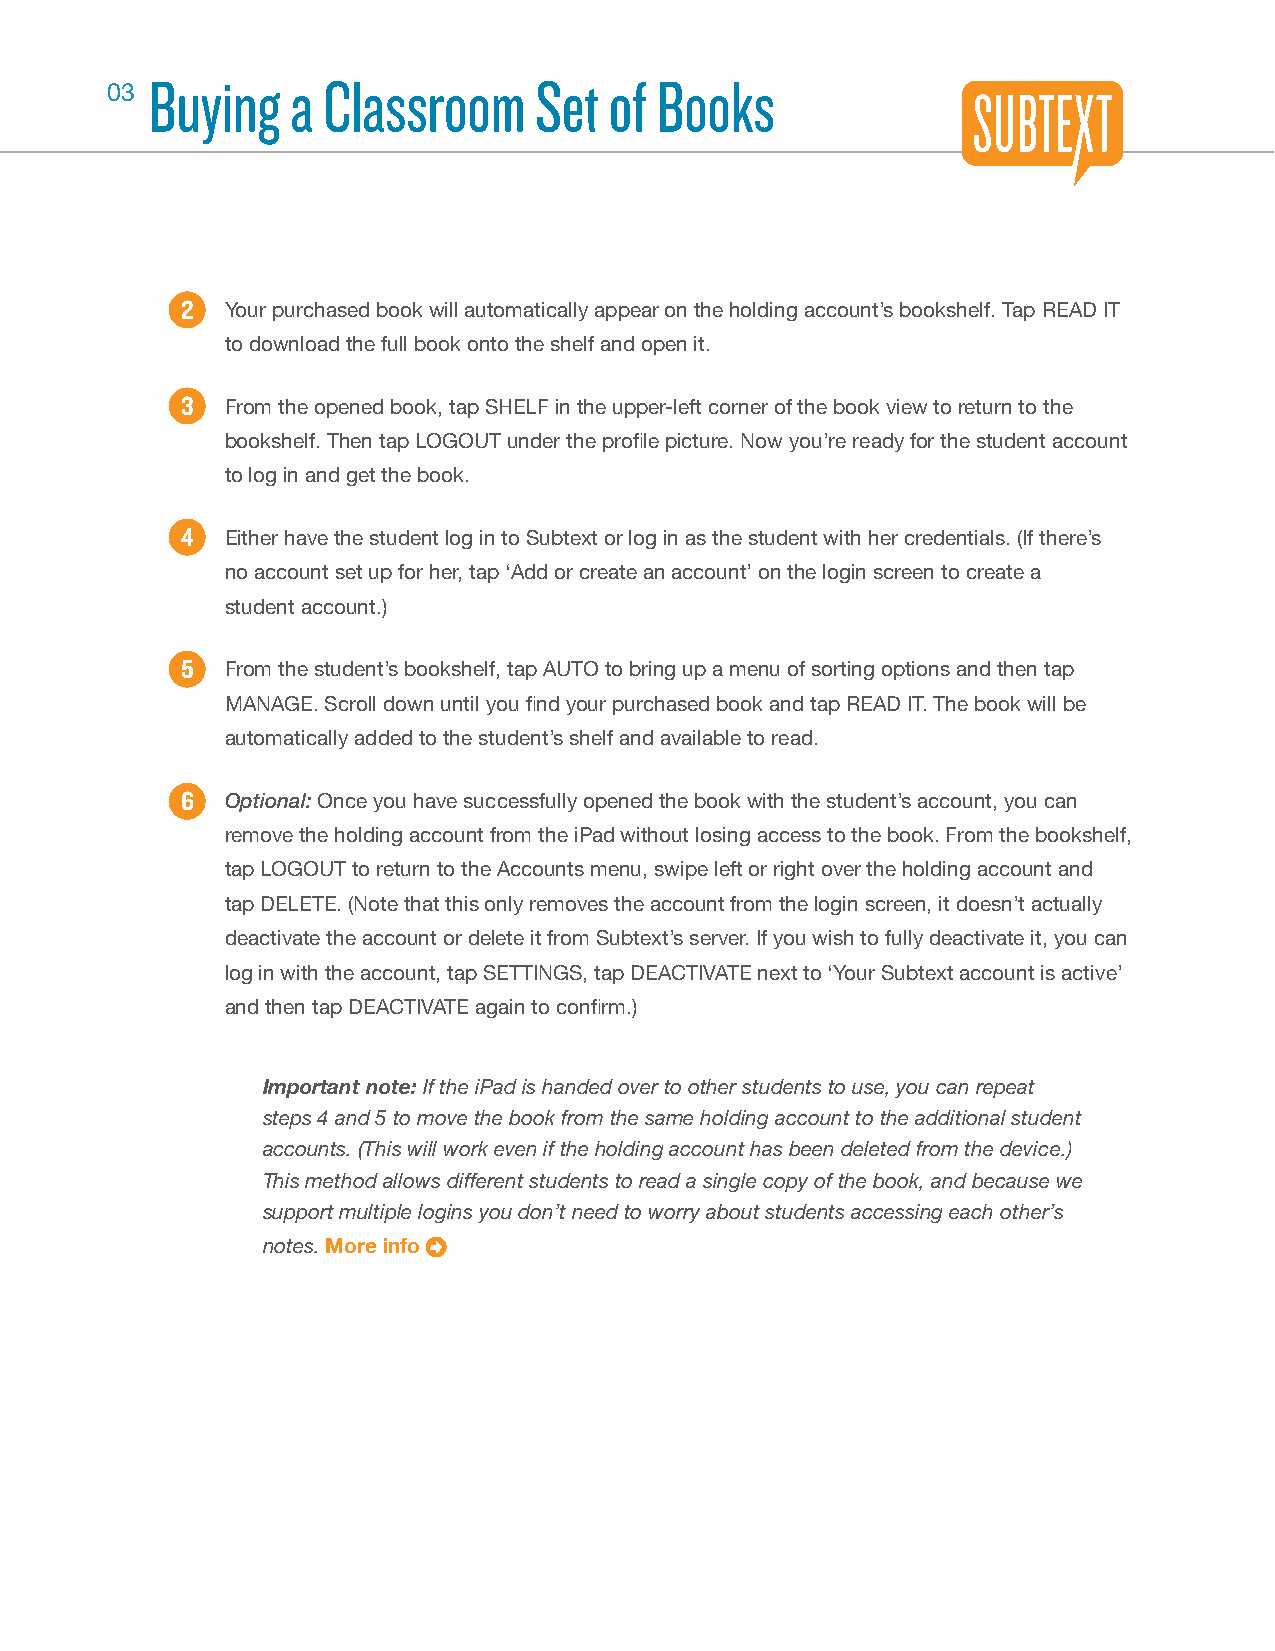
Buying   a Classroom     Set  of Books
 03
 2  Your purchased book will automatically appear on the holding account’s bookshelf. Tap READ IT
 to download the full book onto the shelf and open it.
 3  From the opened book, tap SHELF in the upper-left corner of the book view to return to the
 bookshelf. Then tap LOGOUT under the profi le picture. Now you’re ready for the student account
 to log in and get the book.
 4  Either have the student log in to Subtext or log in as the student with her credentials. (If there’s
 no account set up for her, tap ‘Add or create an account’ on the login screen to create a
 student account.)
 5  From the student’s bookshelf, tap AUTO to bring up a menu of sorting options and then tap
 MANAGE. Scroll down until you fi nd your purchased book and tap READ IT. The book will be
 automatically added to the student’s shelf and available to read.
 6  Optional: Once you have successfully opened the book with the student’s account, you can
 remove the holding account from the iPad without losing access to the book. From the bookshelf,
 tap LOGOUT to return to the Accounts menu, swipe left or right over the holding account and
 tap DELETE. (Note that this only removes the account from the login screen, it doesn’t actually
 deactivate the account or delete it from Subtext’s server. If you wish to fully deactivate it, you can
 log in with the account, tap SETTINGS, tap DEACTIVATE next to ‘Your Subtext account is active’
 and then tap DEACTIVATE again to confi rm.)
 Important note: If the iPad is handed over to other students to use, you can repeat
 steps 4 and 5 to move the book from the same holding account to the additional student
 accounts. (This will work even if the holding account has been deleted from the device.)
 This method allows different students to read a single copy of the book, and because we
 support multiple logins you don’t need to worry about students accessing each other’s
 notes. More info